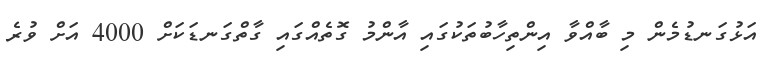
އަޅުގަނޑުމެން މި ބާއްވާ އިންތިހާބުތަކުގައި އާންމު ގޮތެއްގައި ގާތްގަނޑަކަށް 4000 އަށް ވުރެ